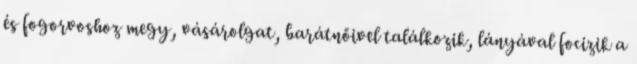
és fogorvoshoz megy, vásárolgat, barátnőivel találkozik, lányával focizik a